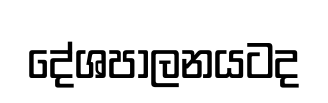
දේශපාලනයටද